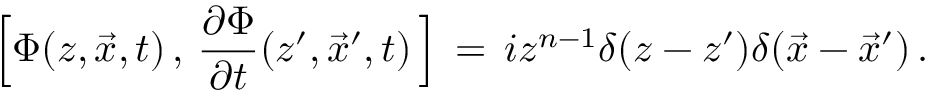
\Big [ \Phi ( z , \vec { x } , t ) \, , \, { \frac { \partial \Phi } { \partial t } } ( z ^ { \prime } , \vec { x } ^ { \prime } , t ) \, \Big ] \, = \, i z ^ { n - 1 } \delta ( z - z ^ { \prime } ) \delta ( \vec { x } - { \vec { x } } ^ { \prime } ) \, .